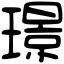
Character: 璟